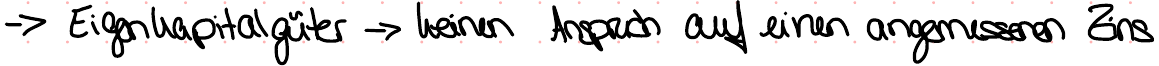
-> Eigenkapitalgüter -> keinen Anspruch auf einen angemessenen Zins